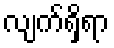
လျက်ရှိရာ